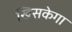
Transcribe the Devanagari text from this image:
खिसकेगा